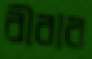
বীরার